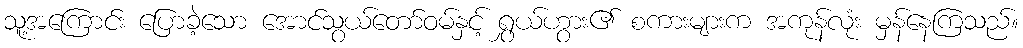
သူ့အကြောင်း ပြောခဲ့သော အောင်သွယ်တော်ဝမ်နှင့် ရွှယ်ဟွား၏ စကားများက အကုန်လုံး မှန်နေကြသည်။